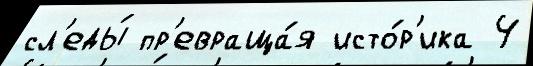
сл'еды́ пр'евраща́я исто́р'ика 4